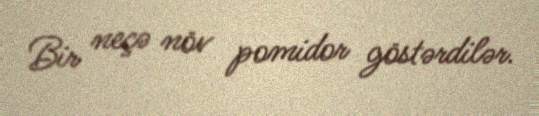
Bir neçə növ pomidor göstərdilər.